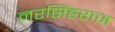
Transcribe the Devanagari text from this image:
नरसिंहराज